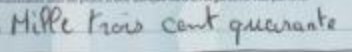
Mille trois cent quarante